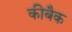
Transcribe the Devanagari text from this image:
कीबैक